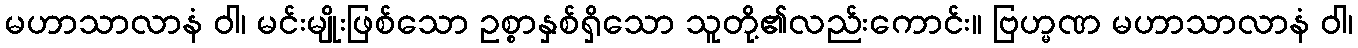
မဟာသာလာနံ ဝါ၊ မင်းမျိုးဖြစ်သော ဥစ္စာနှစ်ရှိသော သူတို့၏လည်းကောင်း။ ဗြဟ္မဏ မဟာသာလာနံ ဝါ၊